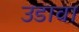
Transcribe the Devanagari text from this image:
उडावा